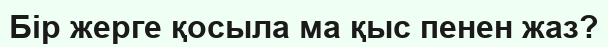
Бір жерге қосыла ма қыс пенен жаз?